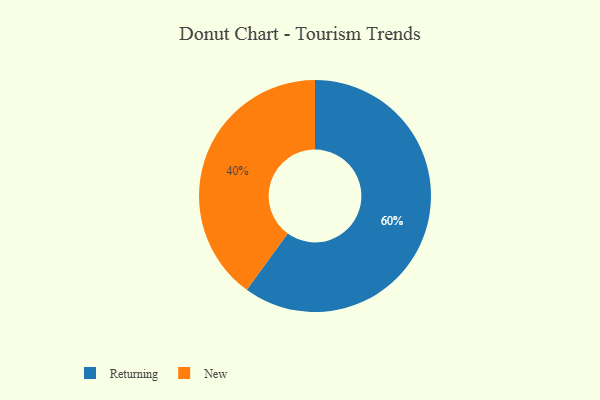
{"axis": {"x": "Category", "y": "Percentage"}, "legend": ["New", "Returning"], "data": [{"x": "Returning", "y": 60, "type": "Returning"}, {"x": "New", "y": 40, "type": "New"}]}